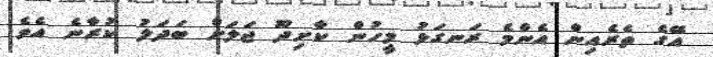
އޭގެ ތެރެއިން އެންމެ ރަނގަޅު މީހުން ކާށިދޫ ޖަލަށް ބަދަލު ކުރާނެ އެވެ.